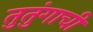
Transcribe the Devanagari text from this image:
तुतुंगाची